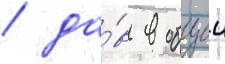
/ да́в в общеи